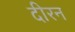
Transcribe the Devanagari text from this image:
दीरन